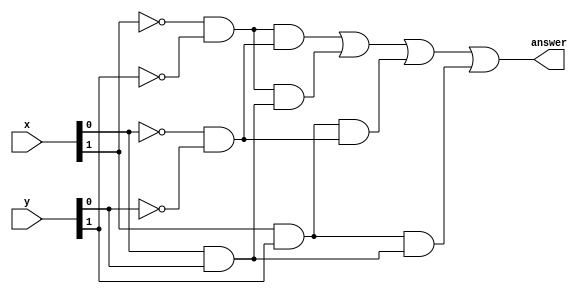
module two_bit_comp
(
    input wire [1:0] x, y,
    output wire answer
);

wire p0, p1, p2, p3;

assign p0 = (~x[1]&~y[1])&(~x[0]&~y[0]);
assign p1 = (~x[1]&~y[1])&(x[0]&y[0]);
assign p2 = (x[1]&y[1])&(~x[0]&~y[0]);
assign p3 = (x[1]&y[1])&(x[0]&y[0]);

assign answer = p0 | p1 | p2 | p3;


endmodule